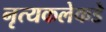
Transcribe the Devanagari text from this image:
नृत्यकलेकडे